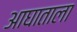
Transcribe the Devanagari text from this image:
आघाताला